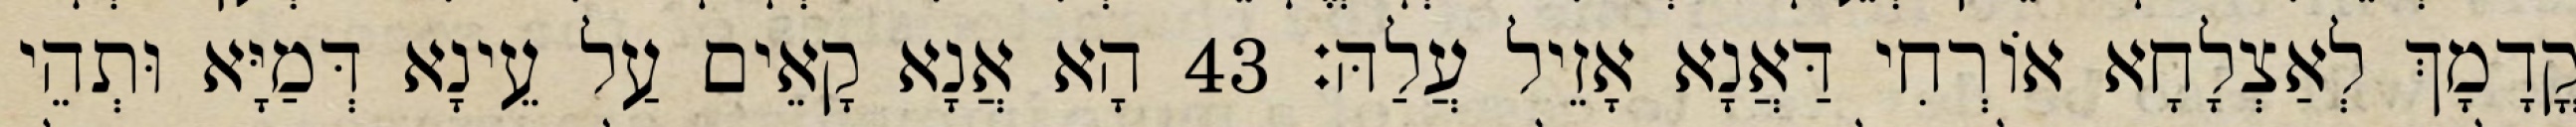
קֳדָמָךְ לְאַצְלָחָא אוֹרְחִי דַּאֲנָא אָזֵיל עֲלַהּ׃ 43 הָא אֲנָא קָאֵים עַל עֵינָא דְּמַיָּא וּתְהֵי